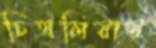
চিথলিয়ায়